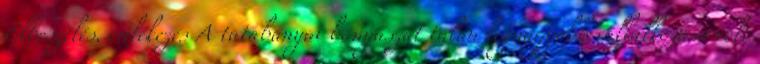
Elbeszélés, emlékezés A tatabányai bányászat talán legnagyobb vállalkozása volt